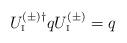
LaTeX: \begin{align*}U_{\rm\scriptscriptstyle I}^{(\pm)\dagger} q U_{\rm\scriptscriptstyle I}^{(\pm)} = q\end{align*}